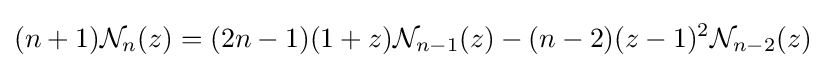
(n+1){\mathcal {N}}_{n}(z)=(2n-1)(1+z){\mathcal {N}}_{n-1}(z)-(n-2)(z-1)^{2}{\mathcal {N}}_{n-2}(z)